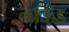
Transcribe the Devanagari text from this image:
लाऊड